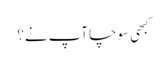
کبھی سوچا آپ نے؟